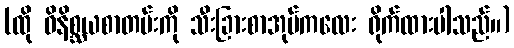
(ထို ဝိနိစ္ဆယစာတမ်းကို သီးခြားစာအုပ်ကလေး ရိုက်ထားပါသည်။)